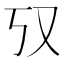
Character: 𫨲